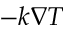
- k \nabla T